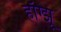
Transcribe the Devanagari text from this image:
हाँग्झू